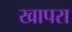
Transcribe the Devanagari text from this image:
खापरा